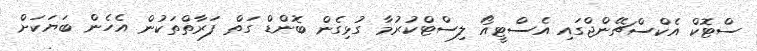
ސްޓޮކް އެކްސްޗޭންޖްގައި އެސްޓީއޯ ލިސްޓްކުރުމާ ގުޅިގެން ބޮންޑް ގަތް ފަރާތްތަކުން އެހެން ބަޔަކަށް